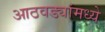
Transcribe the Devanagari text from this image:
आठवड्यांमध्ये